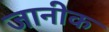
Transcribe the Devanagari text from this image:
जानीक